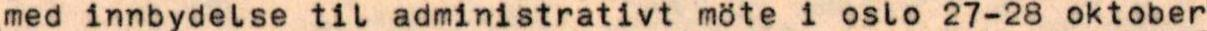
med innbydelse til administrativt möte i oslo 27-28 oktober